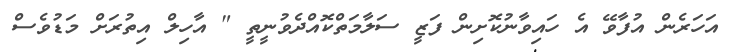
އަހަރެން އުފާވޭ އެ ހައިވާނުކޮށިން ފަޒީ ސަލާމަތްކޮއްދެވުނީތީ " އާހިލް އިތުރަށް މަޑުވެސް